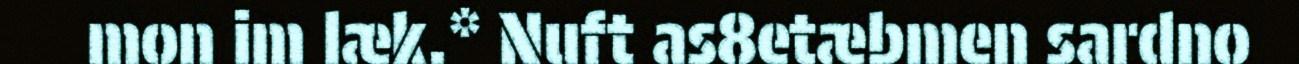
mon im læk.* Nuft as8etæbmen sardno